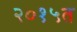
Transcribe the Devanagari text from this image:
२०१५त